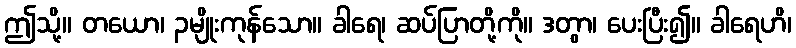
ဤသို့။ တယော၊ ၃မျိုးကုန်သော။ ခါရေ၊ ဆပ်ပြာတို့ကို။ ဒတွာ၊ ပေးပြီး၍။ ခါရေဟိ၊